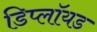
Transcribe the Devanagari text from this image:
डिप्लॉयड